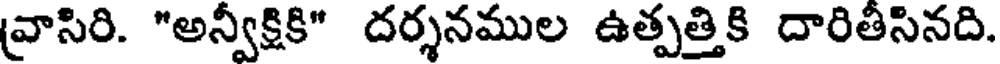
వ్రాసిరి. "అన్వీక్షికి" దర్శనముల ఉత్పత్తికి దారితీసినది.